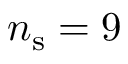
n _ { \mathrm { s } } = 9